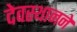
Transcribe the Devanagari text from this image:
देवस्थानने